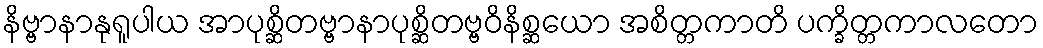
နိဗ္ဗာနာနုရူပါယ အာပုစ္ဆိတဗ္ဗာနာပုစ္ဆိတဗ္ဗဝိနိစ္ဆယော အစိတ္တကာတိ ပက္ခိတ္တကာလတော